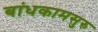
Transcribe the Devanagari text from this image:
बांधकामसुरु